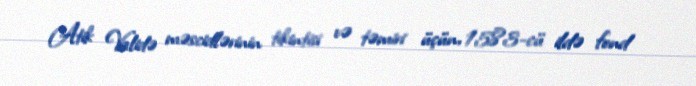
Atik Validə məscidlərinin tikintisi və təmiri üçün, 1583-cü ildə fond